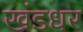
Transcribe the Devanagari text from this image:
खंडधर